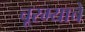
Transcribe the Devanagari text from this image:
चूरम्याचे